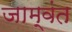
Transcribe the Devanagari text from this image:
जाम्वंत